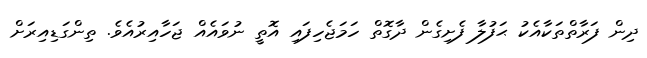
ދިން ފަރާތްތަކާއެކު ޙަފުލާ ފެށިގެން ދާގޮތް ހަމަޖެހިފައި އޮތީ ނުވައެއް ޖަހާއިރުއެވެ. ތިންގަޑިއިރަށް